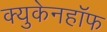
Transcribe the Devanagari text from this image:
क्युकेनहॉफ